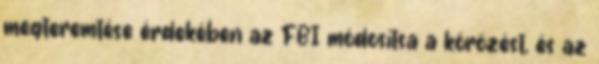
megteremtése érdekében az FBI módosítsa a körözést, és az